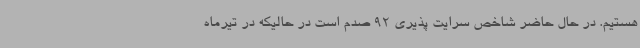
هستیم. در حال حاضر شاخص سرایت پذیری 92 صدم است در حالیکه در تیرماه